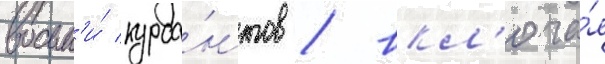
восьм'и́ курса́нтов / вкл'юча́я